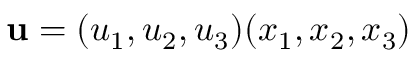
{ \bf u } = ( u _ { 1 } , u _ { 2 } , u _ { 3 } ) ( x _ { 1 } , x _ { 2 } , x _ { 3 } )